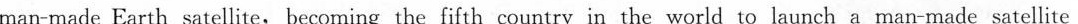
man-made Earth satellite,becoming the fifth country in the world to launch a man-made satellite